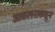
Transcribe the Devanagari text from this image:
आकलनाकडून